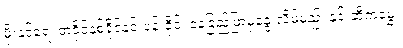
မိုးနှင့်ရေ၊ တခိုင်နှစ်ခိုင်နှင်းပန်းခိုင်၊ နေခြည်ဖြာမှနွေးလိမ့်မည်၊ နှင်းဆီကမွှေး